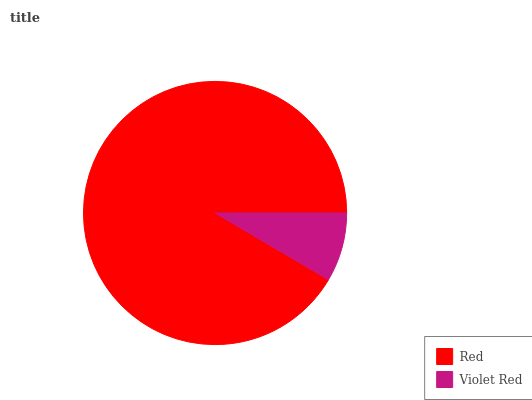
| Red | Violet Red |
 | --- | --- |
 | 91.5% | 8.47% |